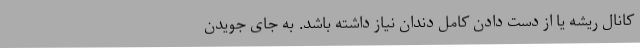
کانال ریشه یا از دست دادن کامل دندان نیاز داشته باشد. به جای جویدن